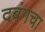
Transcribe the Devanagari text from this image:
दबंगचा